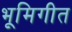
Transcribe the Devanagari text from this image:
भूमिगीत